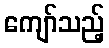
ကျော်သည့်